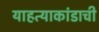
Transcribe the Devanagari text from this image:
याहत्याकांडाची